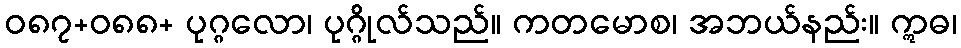
ဝ၈၇+၀၈၈+ ပုဂ္ဂလော၊ ပုဂ္ဂိုလ်သည်။ ကတမောစ၊ အဘယ်နည်း။ ဣဓ၊